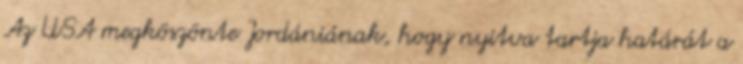
Az USA megköszönte Jordániának, hogy nyitva tartja határát a